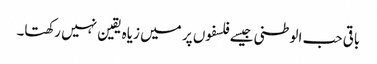
باقی حب الوطنی جیسے فلسفوں پر میں زیاہ یقین نہیں رکھتا۔